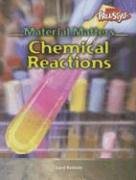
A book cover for Chemical Reactions (Material Matters); Carol Baldwin; Children's Books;